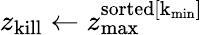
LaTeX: z_{\mathrm{kill}}\leftarrow z_{\mathrm{max}}^{\mathrm{sorted[k_{\mathrm{min}}]}}